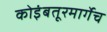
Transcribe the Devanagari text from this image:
कोइंबतूरमार्गेच